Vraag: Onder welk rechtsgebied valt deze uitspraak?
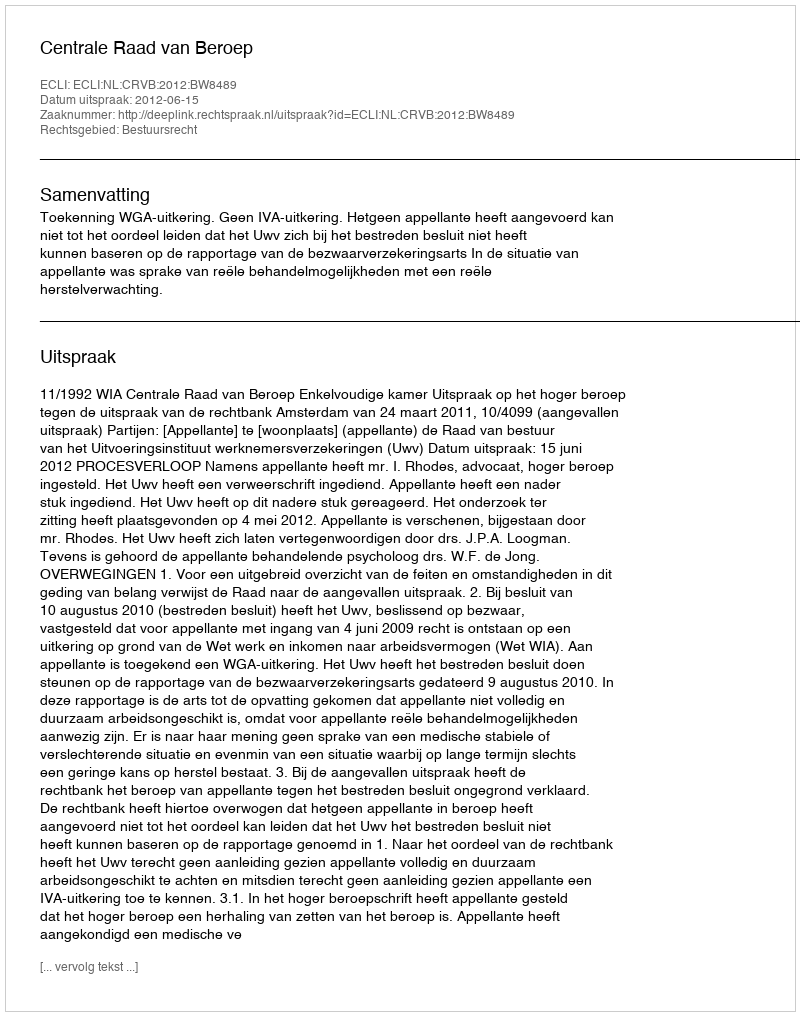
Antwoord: Bestuursrecht